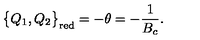
\big \{ Q _ { 1 } , Q _ { 2 } \big \} _ { \mathrm { r e d } } = - \theta = - \frac { 1 } { B _ { c } } .